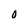
Character: 0